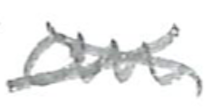
Text: an
Cross-out: cross
Writing tool: pencil